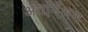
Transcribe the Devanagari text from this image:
अंतर्मिश्रण